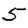
Digit: 5